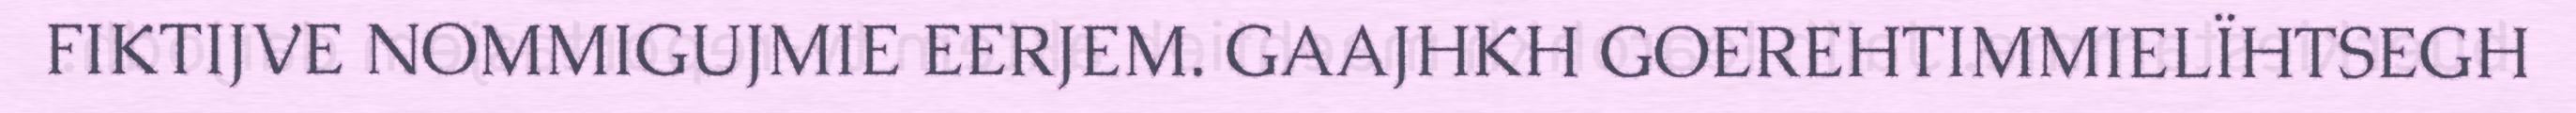
FIKTIJVE NOMMIGUJMIE EERJEM. GAAJHKH GOEREHTIMMIELÏHTSEGH